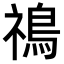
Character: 𩿷